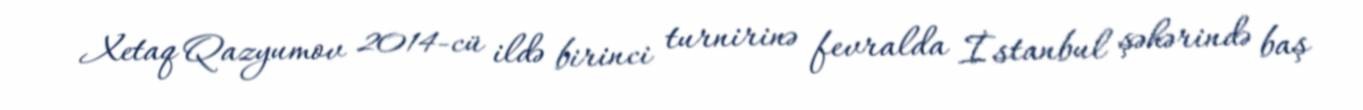
Xetaq Qazyumov 2014-cü ildə birinci turnirinə fevralda İstanbul şəhərində baş